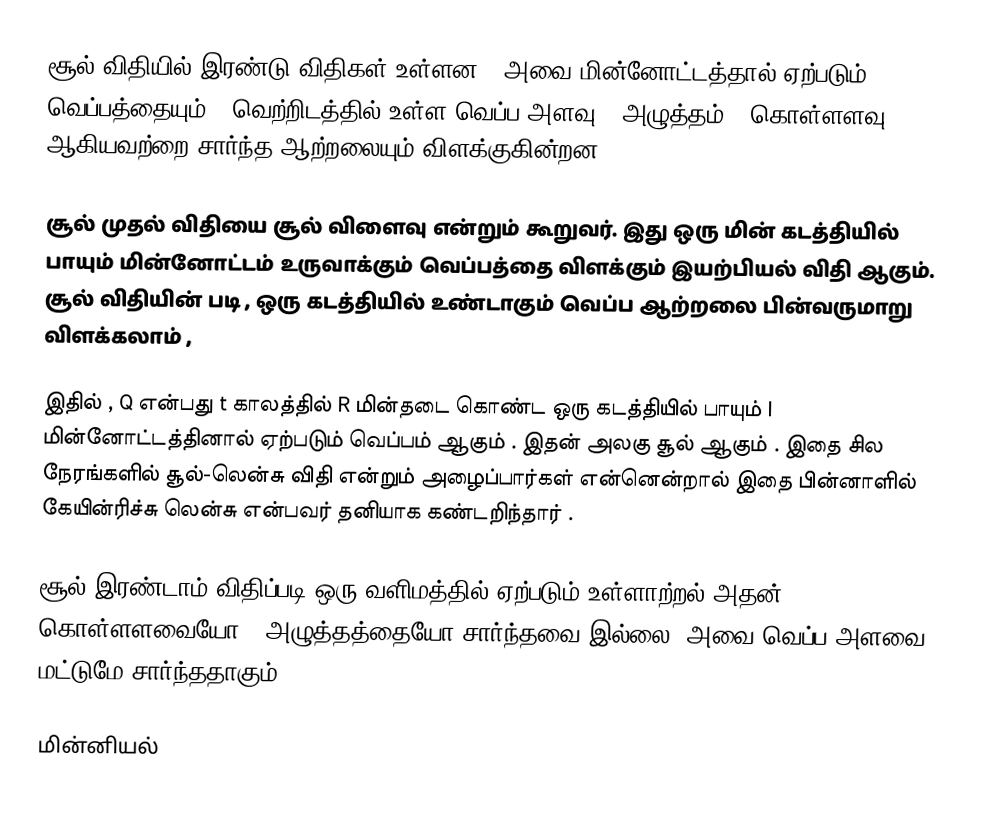
சூல் விதியில் இரண்டு விதிகள் உள்ளன ; அவை மின்னோட்டத்தால் ஏற்படும் வெப்பத்தையும் , வெற்றிடத்தில் உள்ள வெப்ப அளவு , அழுத்தம் , கொள்ளளவு , ஆகியவற்றை சார்ந்த ஆற்றலையும் விளக்குகின்றன .

சூல் முதல் விதியை சூல் விளைவு என்றும் கூறுவர். இது ஒரு மின் கடத்தியில் பாயும் மின்னோட்டம் உருவாக்கும் வெப்பத்தை விளக்கும் இயற்பியல் விதி ஆகும். சூல் விதியின் படி , ஒரு கடத்தியில் உண்டாகும் வெப்ப ஆற்றலை பின்வருமாறு விளக்கலாம் ,

இதில் , Q என்பது t காலத்தில் R மின்தடை கொண்ட ஒரு கடத்தியில் பாயும் I  மின்னோட்டத்தினால் ஏற்படும் வெப்பம் ஆகும் . இதன் அலகு சூல் ஆகும் . இதை சில நேரங்களில் சூல்-லென்சு விதி என்றும் அழைப்பார்கள் என்னென்றால் இதை பின்னாளில் கேயின்ரிச்சு லென்சு என்பவர் தனியாக கண்டறிந்தார் .

சூல் இரண்டாம் விதிப்படி ஒரு வளிமத்தில் ஏற்படும் உள்ளாற்றல் அதன் கொள்ளளவையோ , அழுத்தத்தையோ சார்ந்தவை இல்லை; அவை வெப்ப அளவை மட்டுமே சார்ந்ததாகும் .

மின்னியல்